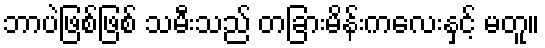
ဘာပဲဖြစ်ဖြစ် သမီးသည် တခြားမိန်းကလေးနှင့် မတူ။